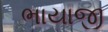
ભાયાજી